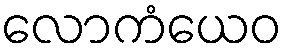
လောကံယေဝ